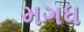
મગધ